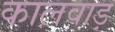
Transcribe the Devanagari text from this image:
कालवाड़